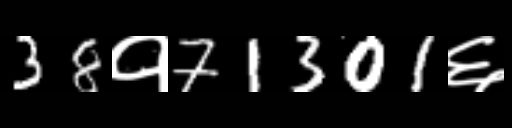
Text: 38१71301६